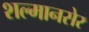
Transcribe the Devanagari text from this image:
शल्मानसेर